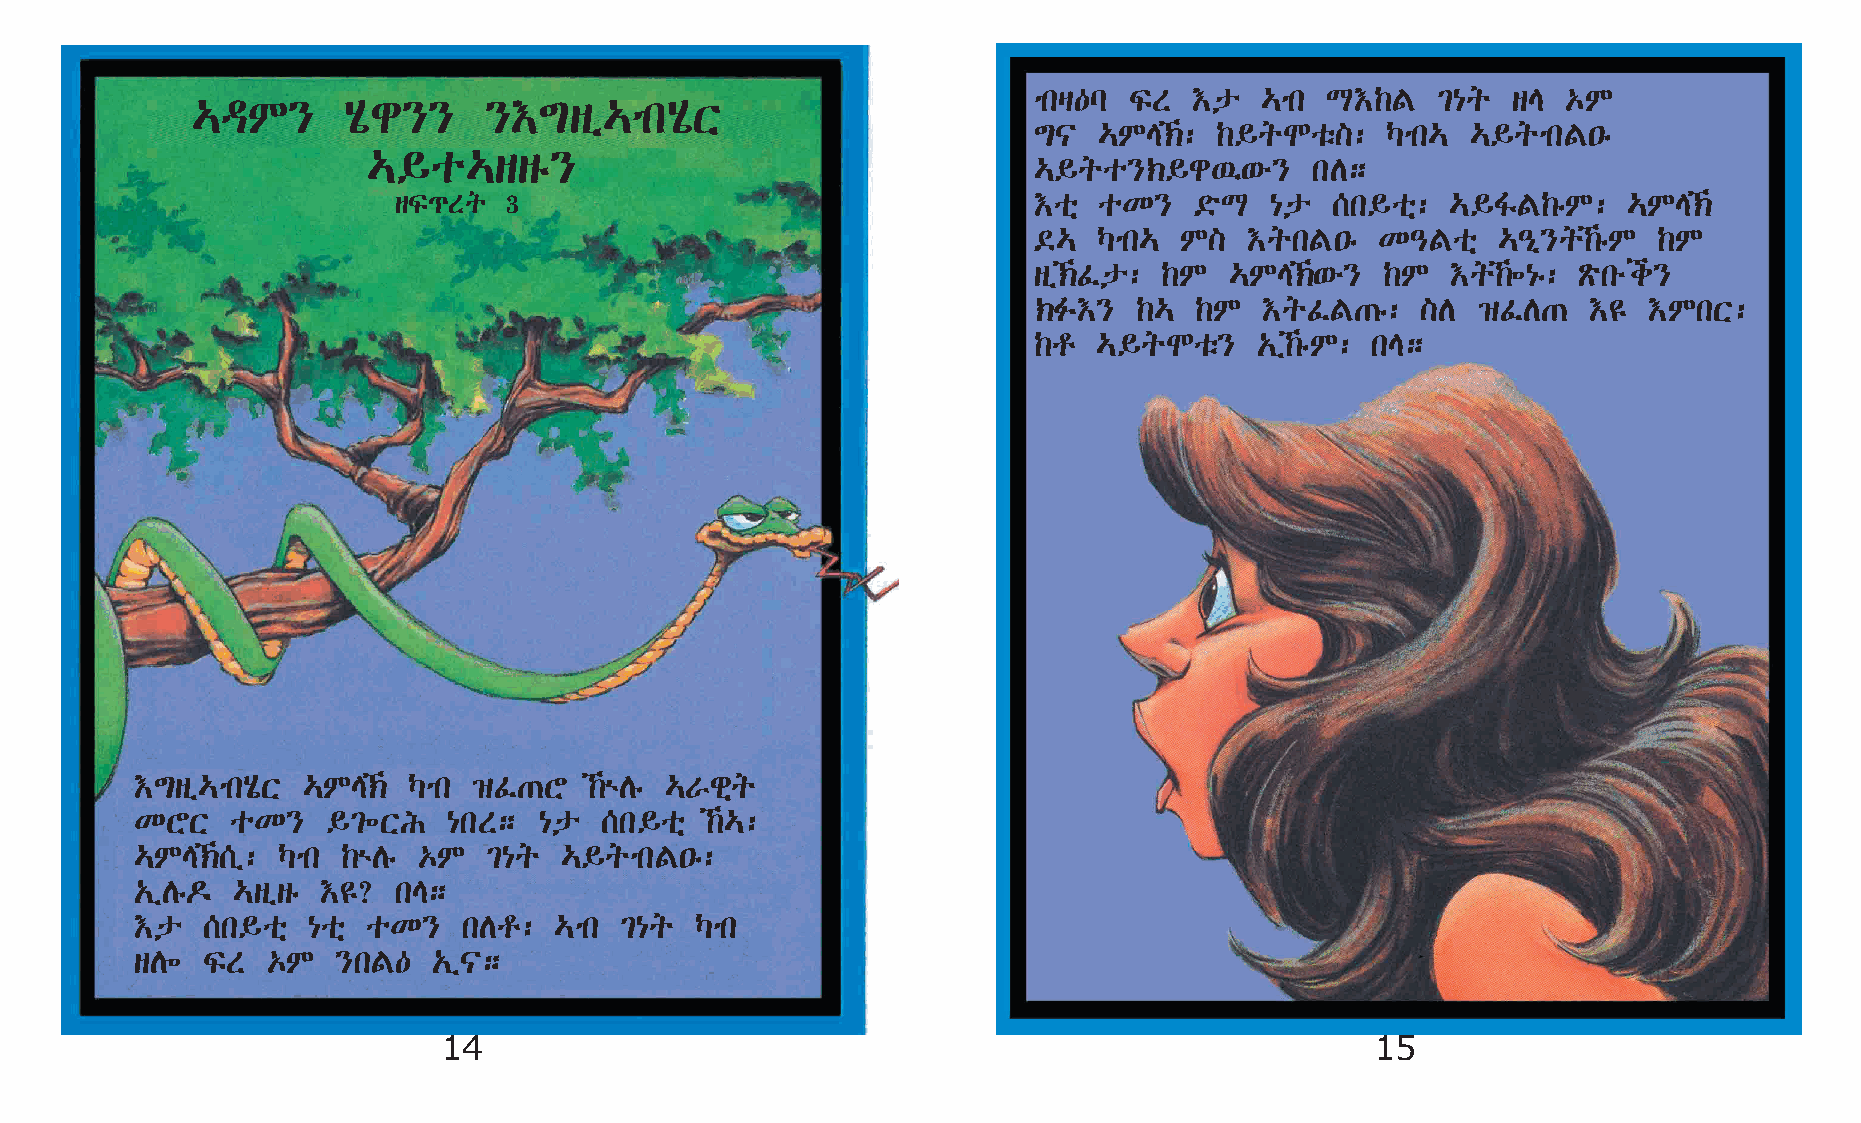
mkš—l  ÏS  †p  …mk  L†‰F   ²{q  sE  ‡M
 …ªM}      Aôg}}    }†´sï…mkAôX
 ´|   …ME‹: ‰§qNoë]:    Šmk… …§qmkF•ê
 …§o…ssê}
 …§qo}‹§g’‘é}       kD;
 sÏ¹Sq  3                                  †oñ  oK}   ©öL  {p  [k§oñ:  …§ÍF‰êM:    …ME‹
 ©…   Šmk… M]   †qkF•ê  K–Foñ   …–ð}q‰êM  ‰M
 sï‹Êp:  ‰M  …ME‹‘é}   ‰M  †q‰÷{ê: Ãökéi}
 ‹Ë†}   ‰…  ‰M   †qÊF·ê:   ]D  ›ÊD·   †£  †MkX:
 ‰r   …§qNoë}   „ï‰êM: kE;
 †´sï…mkAôX …ME‹  Šmk ›Ê·Y    ‰ùDê …Vgñq
 KYX   oK}    §²÷XI   {kS;  {p  [k§oñ  ‰…:
 …ME‹[ï: Šmk  ‰ùDê ‡M  ²{q  …§qmkF•ê:
 „ïDê¬ …sïsê †£?  kE;
 †p  [k§oñ  {oñ oK}    kDr:  …mk ²{q  Šmk
 sD÷ ÏS   ‡M  }kF—   „ï|;
 14                                                            15